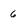
Character: 6